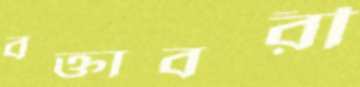
বক্তাবরী